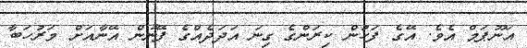
އަނޫޕަމް އެވެ. އޭގެ ފަހުން ކިރަންގެ ގިނަ އަދަދެއްގެ ފޭނުން އޭނާއަށް މަރުހަބާ